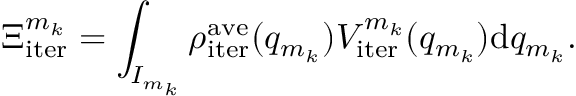
\Xi _ { \mathrm { i t e r } } ^ { m _ { k } } = \int _ { I _ { m _ { k } } } \rho _ { \mathrm { i t e r } } ^ { \mathrm { a v e } } ( q _ { m _ { k } } ) V _ { \mathrm { i t e r } } ^ { m _ { k } } ( q _ { m _ { k } } ) \mathrm { d } q _ { m _ { k } } .